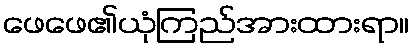
ဖေဖေ၏ယုံကြည်အားထားရာ။